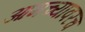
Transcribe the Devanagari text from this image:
आमच्यावरच